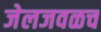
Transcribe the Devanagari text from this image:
जेलजवळच